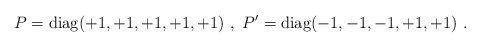
\begin{align*}P={\rm diag}(+1, +1, +1, +1, +1)~,~ P'={\rm diag}(-1, -1, -1, +1, +1)~.~\,\end{align*}